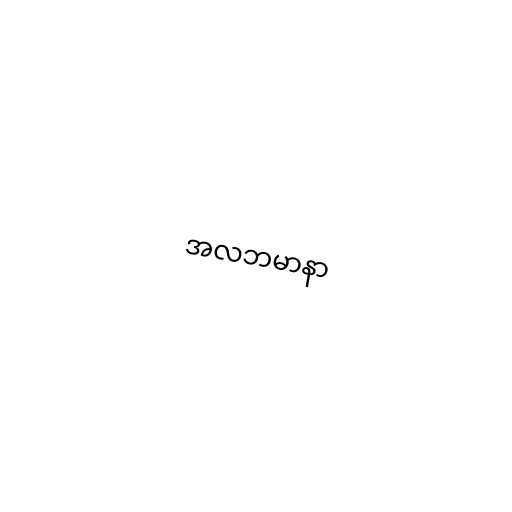
အလဘမာနာ